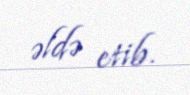
əldə etib.